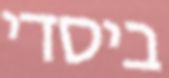
ביסדי